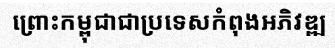
ព្រោះកម្ពុជាជាប្រទេសកំពុងអភិវឌ្ឍ